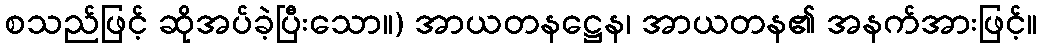
စသည်ဖြင့် ဆိုအပ်ခဲ့ပြီးသော။) အာယတနဋ္ဌေန၊ အာယတန၏ အနက်အားဖြင့်။